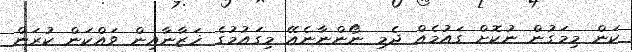
ކަން މިމަގުން ނުކޮށް ގައުމެއް ދެމި ނޯންނާނެއޭ މިގައުމުގެ ޚަޒާނާއިން ވައްކަން ކުރަން